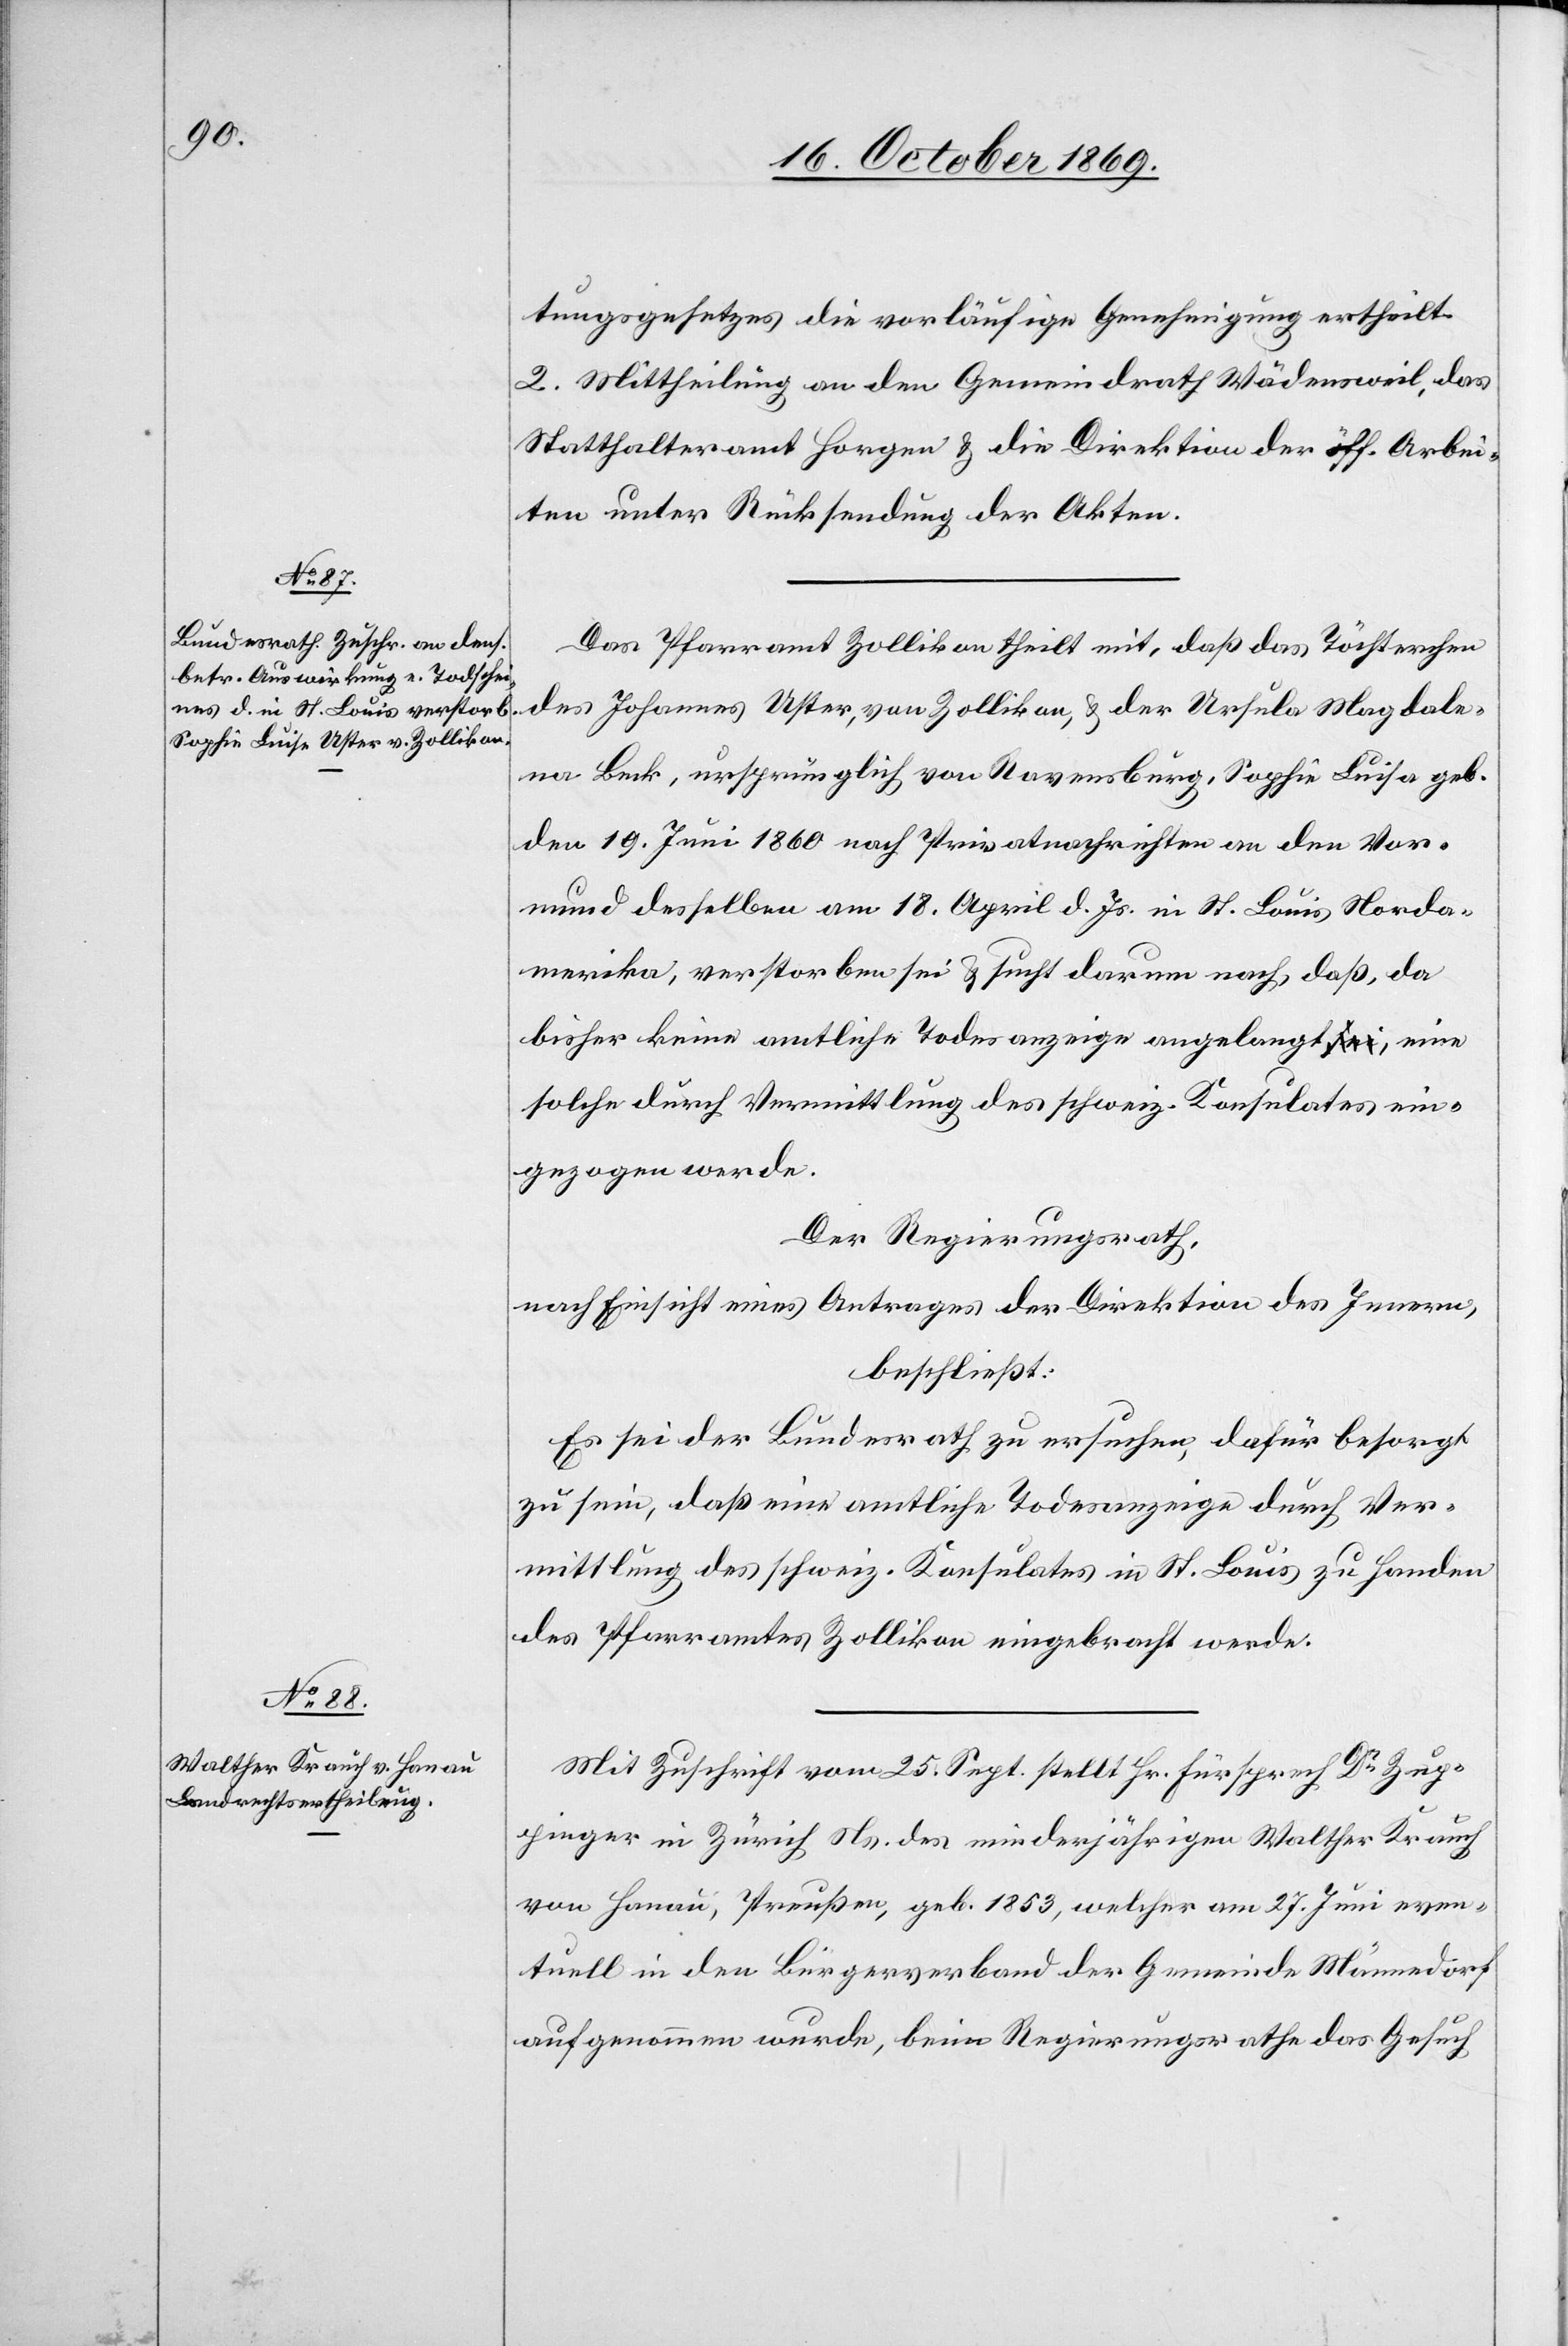
tungsgesetzes die vorläufige Genehmigung ertheilt.
2. Mittheilung an den Gemeindrath Wädensweil, das
Statthalteramt Horgen & die Direktion der öff. Arbei¬
ten unter Rücksendung der Akten.
Das Pfarramt Zollikon theilt mit, daß das Töchterchen
des Johannes Uster, von Zollikon, & der Ursula Magdale¬
na Beck, ursprünglich von Ravensburg, Sophie Luisa
den 19. Juni 1860 nach Privatnachrichten an den Vor¬
mund desselben am 18. April d. Js. in St. Louis Norda¬
merika, verstorben sei & sucht darum nach, daß, da
bisher keine amtliche Todesanzeige angelangt a-sei-a, eine
solche durch Vermittlung des schweiz. Konsulates ein¬
gezogen werde.
Der Regierungsrath,
nach Einsicht eines Antrages der Direktion des Innern,
beschließt:
Es sei der Bundesrath zu ersuchen, dafür besorgt
zu sein, daß eine amtliche Todesanzeige durch Ver¬
mittlung des schweiz. Konsulates in St. Louis zu Handen
des Pfarramtes Zollikon eingebracht werde.
Mit Zuschrift vom 25. Sept. stellt Hr. Fürsprech Dr Zup¬
pinger in Zürich Ns. des minderjährigen Walther Krauch
von Hanau, Preußen, geb. 1853, welcher am 27. Juni even¬
tuell in den Bürgerverband der Gemeinde Männedorf
aufgenommen wurde, beim Regierungsrathe das Gesuch